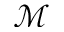
\mathcal { M }